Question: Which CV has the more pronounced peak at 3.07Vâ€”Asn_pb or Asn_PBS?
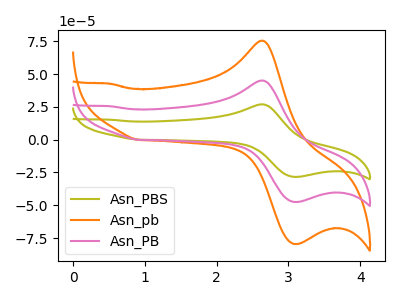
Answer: <think>The olive curve "Asn_PBS" has an anodic peak at (2.60V, 90.15uA) and a cathodic peak at (3.05V, -94.95uA). The orange curve "Asn_pb" has an anodic peak at (2.60V, 75.45uA) and a cathodic peak at (3.05V, -79.50uA). The pink curve "Asn_PB" has an anodic peak at (2.60V, 45.05uA) and a cathodic peak at (3.05V, -47.50uA).</think>
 <answer>The peak at 3.07V is lower in "Asn_pb" than in "Asn_PBS".</answer>
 <eval>lower</eval>